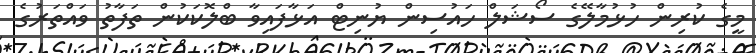
މީގެ ކުރިން ހުޅުމާލޭގެ ސޯޝަލް ހައުސިން ޔުނިޓް އަޅާފައިވާ ބްލޮކަކުން ތަފާތު ވައްތަރުގެ